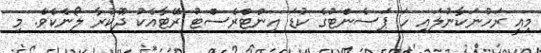
މިއީ ރަހުނަކާނުލައި ހަ ޕަސެންޓުގެ ކުޑަ އިންޓްރެސްޓު ރޭޓާއެކު ދޫކުރާ ލޯނެކެވެ. މި